Vana-Vandra_vallavalitsus, lk 25
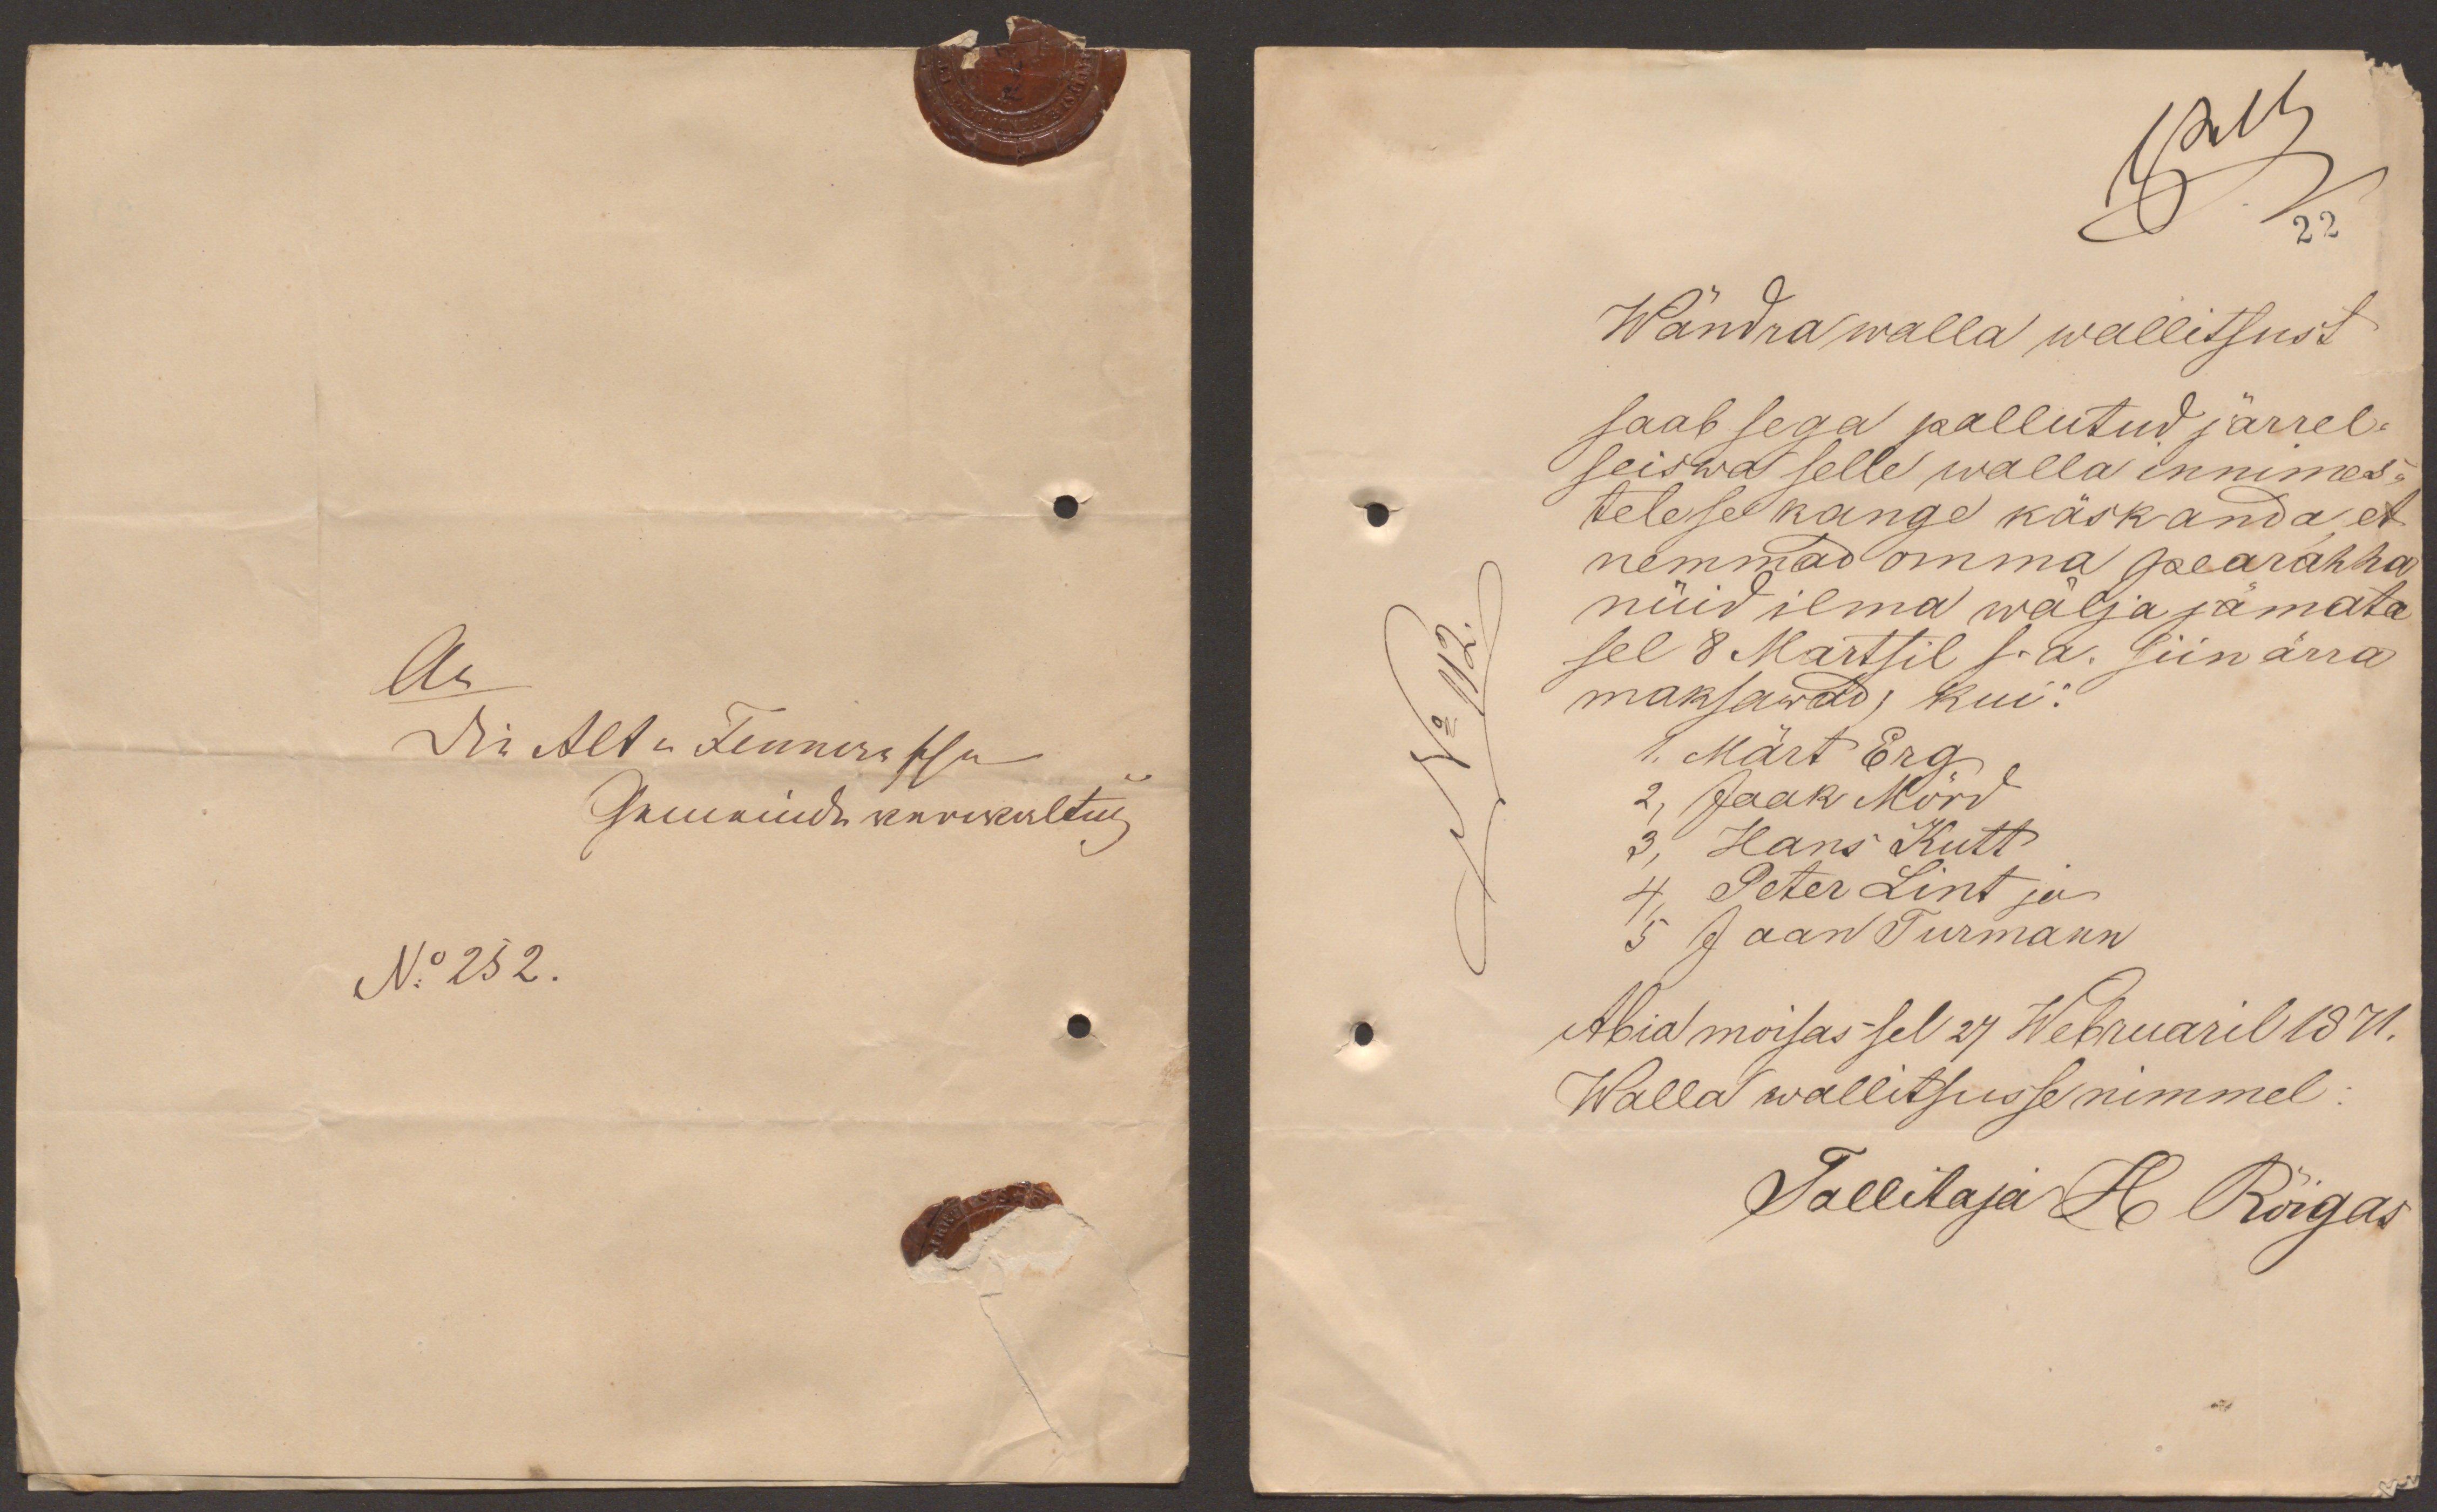
22
Wändra walla wallitsust
saab sega pallutud järrel-
seiswa selle walla innmes-
tele se kange käsk anda, et
nemmad omma pearahha
nüid ilma wälja jämata
No 112
sel 8 Martsil s.a. siin ärra
maksawad, kui:
1. Märt Erg
2, Jaak Mörd
3, Hans Kutt
4, Peter Lint ja
5 Jaan Turmann
Abia moisas sel 27 Webruaril 1871.
Walla wallitsusse nimmel
Tallitaja H. Rõigas